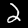
Label: 2